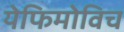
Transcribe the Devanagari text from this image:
येफिमोविच